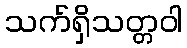
သက်ရှိသတ္တဝါ